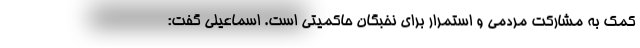
کمک به مشارکت مردمی و استمرار برای نخبگان حاکمیتی است. اسماعیلی گفت: